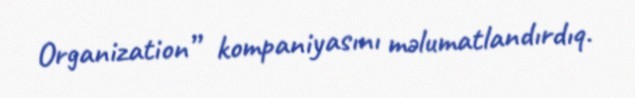
Organization” kompaniyasını məlumatlandırdıq.